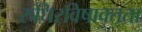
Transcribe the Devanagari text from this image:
रुधिरविषाक्तता